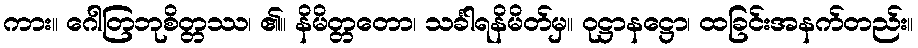
ကား။ ဂေါတြဘုစိတ္တဿ၊ ၏။ နိမိတ္တတော၊ သင်္ခါရနိမိတ်မှ။ ဝုဋ္ဌာနဋ္ဌော၊ ထခြင်းအနက်တည်း။